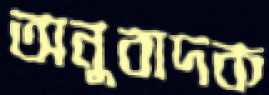
অনুবাদক